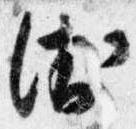
衛